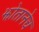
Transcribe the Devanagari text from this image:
झोतानेच